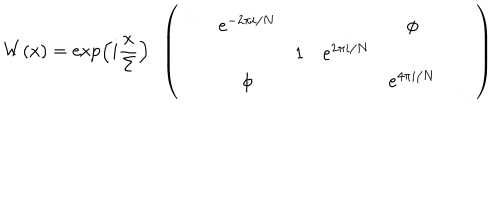
W ( x ) = \exp \left( i \frac { x } { \Sigma } \right) \ \ \left( \begin{array} { c c c c c c } { { \mathrm { } ^ { \ddots } } } & { { e ^ { - 2 \pi i / N } } } & { { } } & { { } } & { { \phi } } \\ { { } } & { { } } & { { 1 } } & { { e ^ { 2 \pi i / N } } } & { { } } & { { } } \\ { { } } & { { \phi } } & { { } } & { { } } & { { e ^ { 4 \pi i / N } } } & { { \mathrm { } _ { \ddots } } } \\ \end{array} \right)